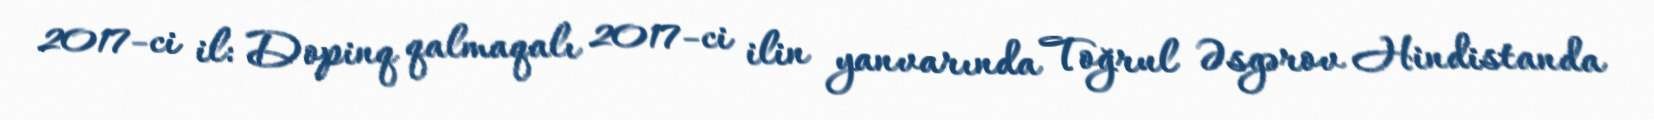
2017-ci il: Dopinq qalmaqalı 2017-ci ilin yanvarında Toğrul Əsgərov Hindistanda